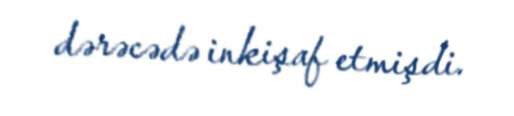
dərəcədə inkişaf etmişdi.